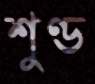
শুণ্ড